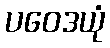
ပဝေဒယုံ